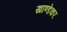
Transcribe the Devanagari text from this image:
खाण्डेकर